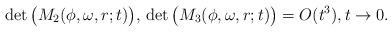
LaTeX: \begin{align*} \det \big( M_2 (\phi,\omega,r;t) \big),\, \det \big( M_3 (\phi,\omega,r;t) \big) = O(t^3), t \to 0. \end{align*}